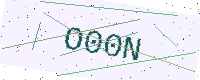
Text: O00N